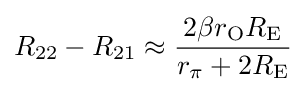
R_{22}-R_{21}\approx {\frac {2\beta r_{\mathrm {O} }R_{\mathrm {E} }}{r_{\pi }+2R_{\mathrm {E} }}}